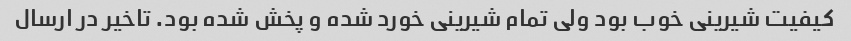
کیفیت شیرینی خوب بود ولی تمام شیرینی خورد شده و پخش شده بود. تاخیر در ارسال